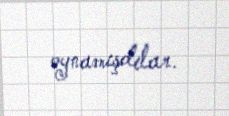
oynamışdılar.